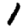
Digit: 1